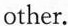
other.